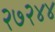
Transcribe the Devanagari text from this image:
२७२४४